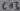
Text: C13